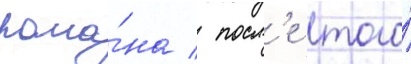
рома́на / посл'е того́